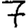
Digit: 7